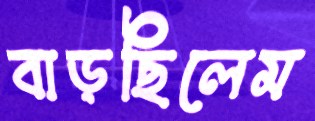
বাড়ছিলেম